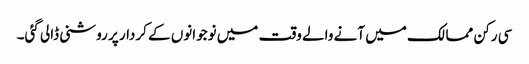
سی رکن ممالک میں آنے والے وقت میں نوجوانوں کے کردار پر روشنی ڈالی گئی۔